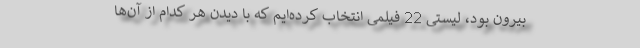
بیرون بود، لیستی 22 فیلمی انتخاب کرده‌ایم که با دیدن هر کدام از آن‌ها